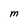
Character: m